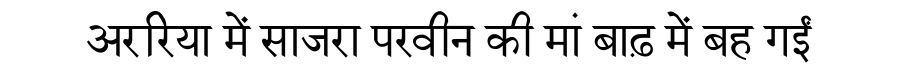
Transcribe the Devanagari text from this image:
अररिया में साजरा परवीन की मां बाढ़ में बह गईं